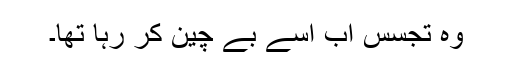
وہ تجسس اب اسے بے چین کر رہا تھا۔